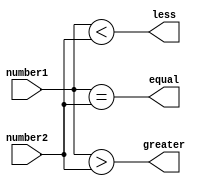
module signed_magnitude_comparator(
    input signed [7:0] number1,
    input signed [7:0] number2,
    output greater,
    output equal,
    output less
);

assign greater = (number1 > number2);
assign equal = (number1 == number2);
assign less = (number1 < number2);

endmodule